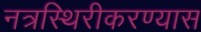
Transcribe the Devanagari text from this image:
नत्रस्थिरीकरण्यास